Annual report of the Civil Veterinary Department, Bengal, for the year 1898-99 - 1898-1899
Year: 1898
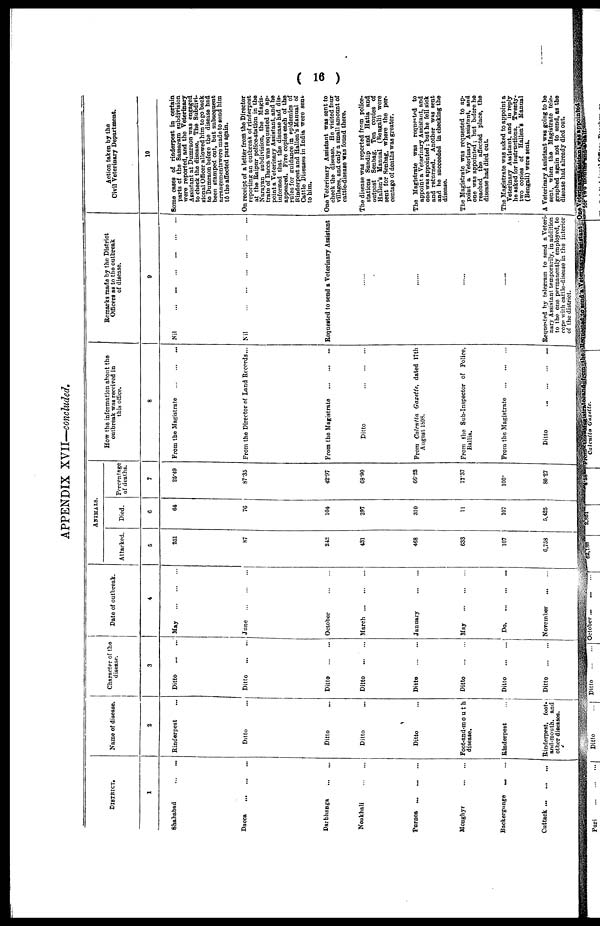
( 16 )
APPENDIX XVII—concluded.
DISTRICT.
1
Shahabad ... ...
Dacca
...
...
...
Darbhonga
...
...
Noukhali ... ...
Purnea
...
...
...
Monghyr
...
...
Backergonge ... ...
Cuttack
...
...
...
Name of disease.
2
Rinderpest ...
Ditto ...
Ditto ...
Ditto
...
Ditto ...
Foot-and-mouth
disease.
Rinderpest ...
Rinderpest,
foot
and-mouth, and
other
diseases
Character of the
disease.
3
Ditto
...
...
Ditto
...
...
Ditto
...
...
Ditto
...
...
Ditto
...
...
Ditto
...
...
Ditto
...
...
Ditto
...
...
Date of outbreak.
4
May
...
...
...
June
...
...
...
October
...
...
March
...
...
...
January ... ...
May
...
...
...
Do.
...
...
...
November ... ...
ANIMALS.
Attacked.
5
251
87
242
481
468
633
107
6,758
Died.
5
64
76
104
297
310
11
107
5,425
Percentage
of deaths.
7
25. 49
87. 35
42 .97
66. 90
66 .28
17. 37
100
80 27
How the information about the
outbreak was received in
this office.
8
From the Magistrate
...
...
...
From the Director of Land Records ...
From the Magistrate
...
...
...
Ditto
...
...
...
Prom Calcutta
Gazette,
dated 17th
August 1898.
From the Sub-Inspector of Police,
Ballia.
From the Magistrate
...
...
...
Ditto
...
...
...
...
Remarks made by the District
Officers as to the outbreak
of disease.
9
Nil
...
...
...
...
...
...
Nil
...
...
...
...
...
...
Requested to send a Veterinary Assistant
......
......
......
......
Requested by telegram to send a Veteri-
nary Assistant temporarily, in addition
to the one permanently employed, to
cope with cattle disease in the interior
of the district.
Action taken by the
Civil Veterinary Department.
10
Some cases of rinderpest in certain
parts of the Sassaram subdivision
were reported, and the Veterinary
Assistant at Dumraon was engaged
to chock the disease. The Subdivl-
sional Officer allowed him to go back
to Dumraon before the disease had
been stamped out, but subsequent
arrangmentswere made to send him
to the affected parts again.
On receipt of a letter from the Director
reporting an outbreak of rinderpest
at the Raipur police-station in the
Narayan subdivision, the Magis-
trate of Dacca was requested to ap-
point a Veterinary Assistant, and he
informed that the disease had dis-
appeared. Five copies each of the
rules for guidance in epidomics of
Rinderpest and Hallen's Manual of
Cattle Diseases in India were sent
to him.
One Veterinary Assistant was sent to
check the disease. Ho visited four
villages, and only a small amount of
cattle-disease was found there.
The disease was reported from police-
stations Sundip and Hatia and
outpost Senbag. Ten copies of
Hallen's Manual (Bengali) were
sent for Senbag, where the per-
centage of deaths was greater.
The Magistrate was requested to
appoint a Veterinary Assistant, and
one was appointed ; but he fell sick
and returned. Another WAS sent
and he succeeded in checking the
disease.
The Magistrate was requested to ap-
point a Veterinary Assistant, and
one was appointed ; but before he
reached the affected place, the
disease had died out.
The Magistrate was asked to appoint a
Veterinary Assistant, and in reply
he asked for instructions. Twenty-
two copies of
Hallen'a Manual
(Bengali) were sent.
A Veterinary Assistant was going to bo
sent, when the Magistrate tele-
graphed again not to send, as the
disease had already died out.